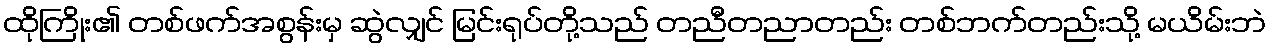
ထိုကြိုး၏ တစ်ဖက်အစွန်းမှ ဆွဲလျှင် မြင်းရုပ်တို့သည် တညီတညာတည်း တစ်ဘက်တည်းသို့ မယိမ်းဘဲ